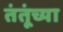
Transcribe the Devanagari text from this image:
तंतूंच्या